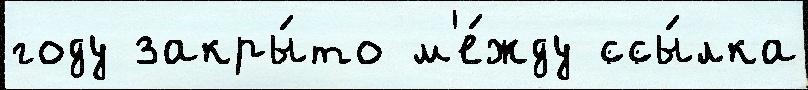
году закры́то м'е́жду ссы́лка